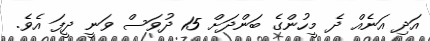
އަދި އަނެއް ދެ މީހުންގެ ބަންދަށް 15 ދުވަސް ވަނީ ދީފަ އެވެ.